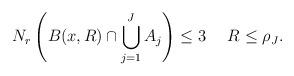
LaTeX: \begin{align*}N_{r}\left( B(x,R)\cap \bigcup_{j=1}^{J}A_{j}\right) \leq 3 \ \ \ \ R\leq\rho_{J}. \end{align*}